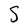
Character: S